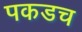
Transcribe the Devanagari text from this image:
पकडच